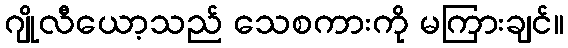
ဂျိုလီယော့သည် သေစကားကို မကြားချင်။